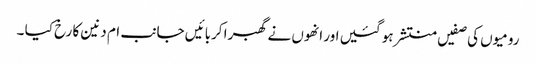
رومیوں کی صفیں منتشر ہو گئیں اور انھوں نے گھبرا کربائیں جانب ام دنین کا رخ کیا ۔